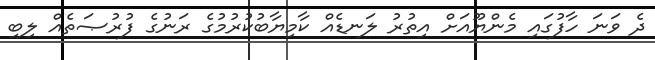
ދެ ވަނަ ހާފުގައި މެންޔޫއަށް އިތުރު ލަނޑެއް ކާމިޔާބުކުރުމުގެ ރަނުގެ ފުރުޞަތެއް ލިބި